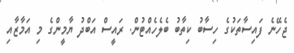
ޖެހޭނެ ފައިސާތަކުގެ ހިސާބު ކިތާބު ބެލެހެއްޓުން. ރައީސް އަބްދު ޔާމީންގެ މި އަމާޒާއި